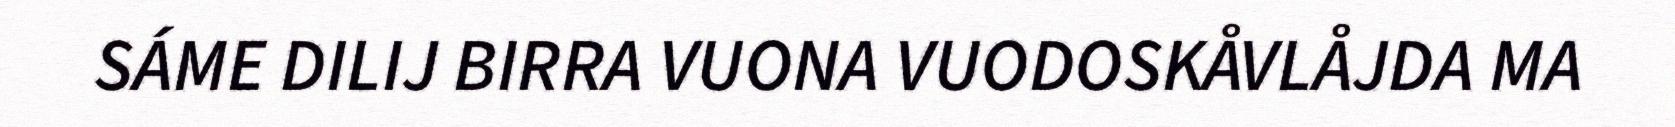
SÁME DILIJ BIRRA VUONA VUODOSKÅVLÅJDA MA